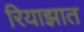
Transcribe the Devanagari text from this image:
रियाझात